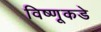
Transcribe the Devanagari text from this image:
विष्णूकडे